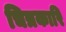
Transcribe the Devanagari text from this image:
चित्रकारि